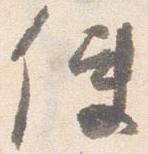
使